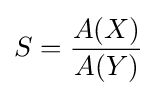
S={\frac {A(X)}{A(Y)}}